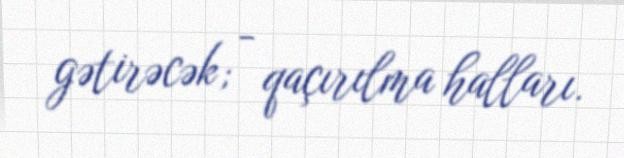
gətirəcək; - qaçırılma halları.